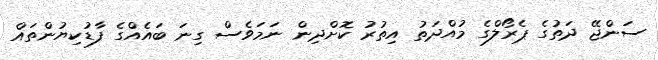
ސަންޖޭ ދަތުގެ ޕެރޯލްގެ މުއްދަތު އިތުރު ކޮށްދިން ނަމަވެސް ގިނަ ބައެއްގެ ފާޑުކިޔުންތައް